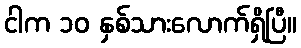
ငါက ၁၀ နှစ်သားလောက်ရှိပြီ။